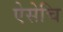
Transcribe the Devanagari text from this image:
ऐसेचि